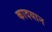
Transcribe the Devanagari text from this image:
कादयान